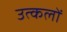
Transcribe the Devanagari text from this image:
उत्कलों